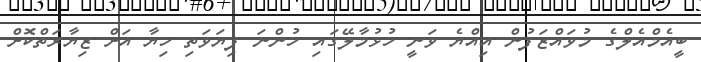
ބީއެމްއެލްގެ މުވައްޒަފުން އިއްޔެ ވަނީ ހުޅުމާލޭގައި ހުންނަ ފިޔަވަތި ހިޔާ އަށް ޒިޔާރަތްކޮށް